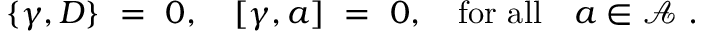
\{ \gamma , D \} \ = \ 0 , \quad [ \gamma , a ] \ = \ 0 , \quad \mathrm { f o r \ a l l } \quad a \in { \mathcal A } \ .